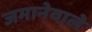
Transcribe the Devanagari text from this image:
जमानेवाले